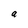
Character: a